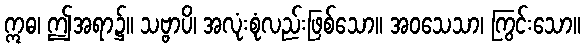
ဣဓ၊ ဤအရာ၌။ သဗ္ဗာပိ၊ အလုံးစုံလည်းဖြစ်သော။ အဝသေသာ၊ ကြွင်းသော။